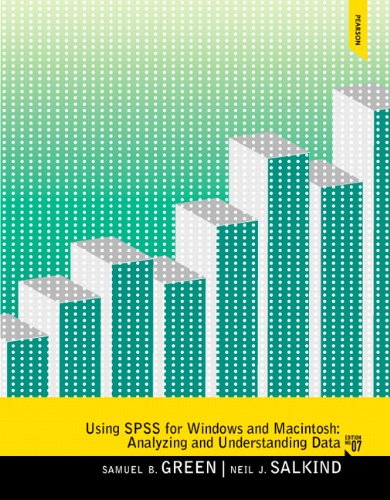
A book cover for Using SPSS for Windows and Macintosh (7th Edition); Samuel B. Green; Computers & Technology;